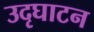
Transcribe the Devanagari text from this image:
उदृघाटन